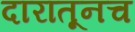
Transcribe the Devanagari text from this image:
दारातूनच